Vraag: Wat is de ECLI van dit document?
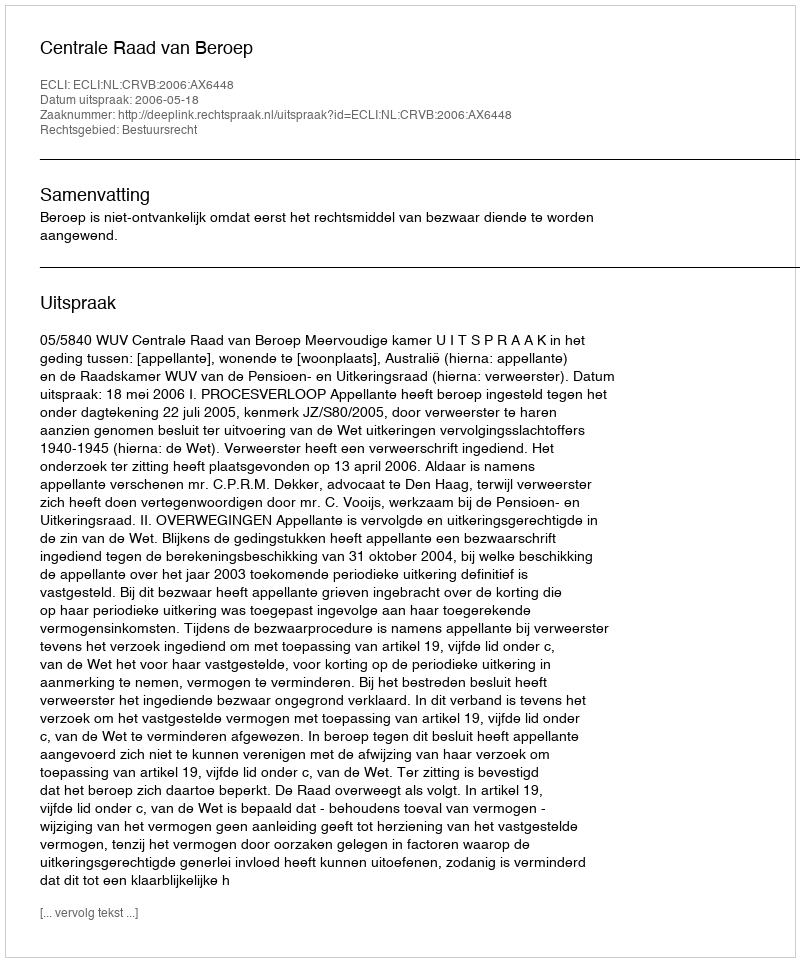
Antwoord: ECLI:NL:CRVB:2006:AX6448